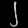
Digit: ၂